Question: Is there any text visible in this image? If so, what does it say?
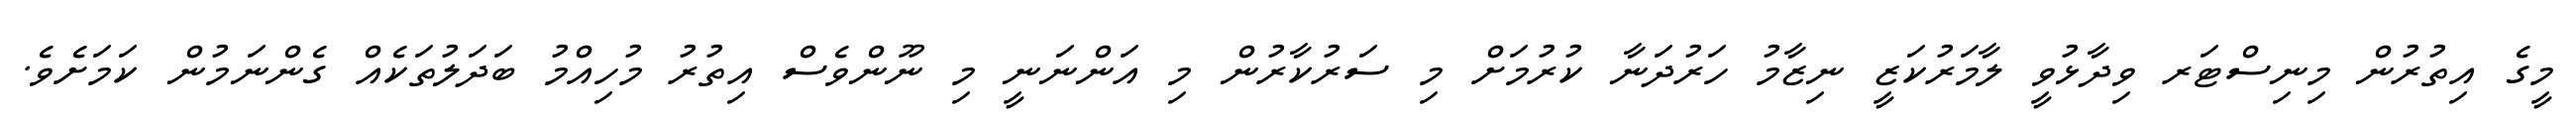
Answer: މީގެ އިތުރުން މިނިސްޓަރ ވިދާޅުވީ ލާމަރުކަޒީ ނިޒާމު ހަރުދަނާ ކުރުމަށް މި ސަރުކާރުން މި އަންނަނީ މި ނޫންވެސް އިތުރު މުހިއްމު ބަދަލުތަކެއް ގެންނަމުން ކަމަށެވެ.